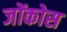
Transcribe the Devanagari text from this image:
जोंकोस